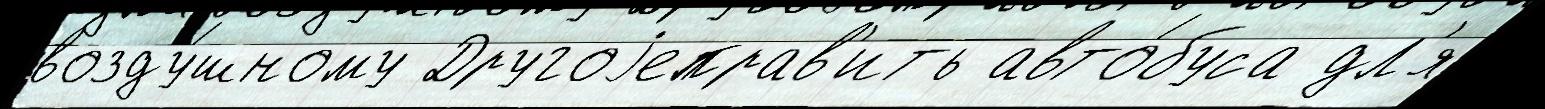
возду́шному Другоjеправ'ить авто́буса дл'я